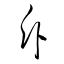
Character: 斥